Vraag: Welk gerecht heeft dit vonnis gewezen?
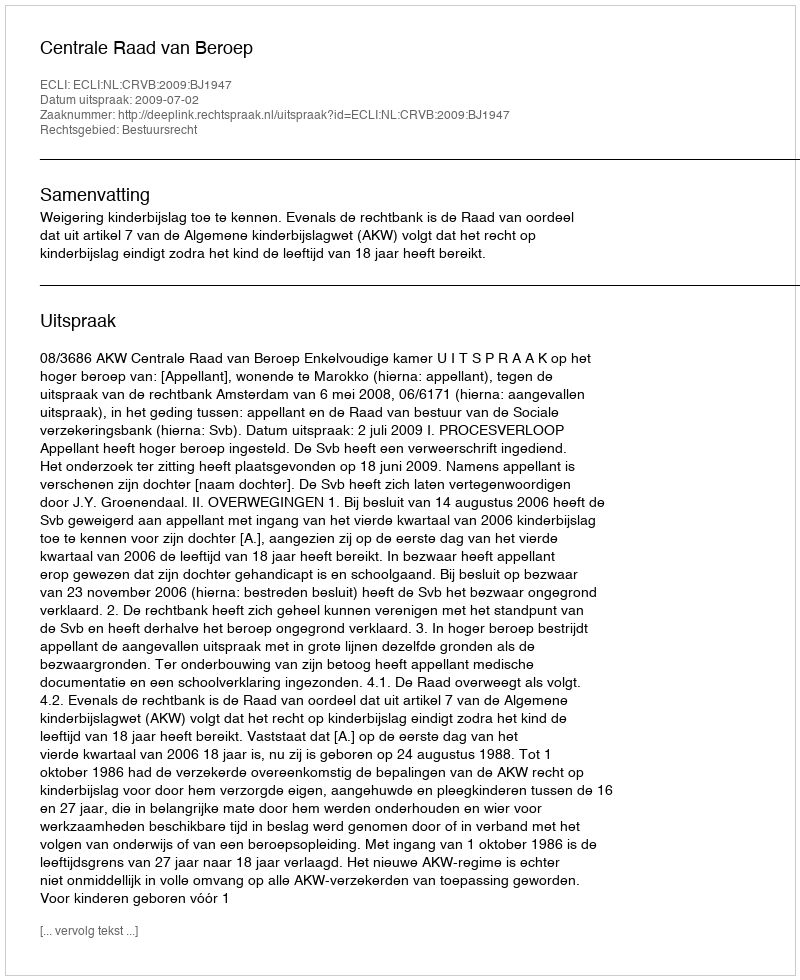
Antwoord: Centrale Raad van Beroep